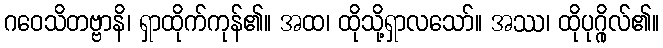
ဂဝေသိတဗ္ဗာနိ၊ ရှာထိုက်ကုန်၏။ အထ၊ ထိုသို့ရှာလသော်။ အဿ၊ ထိုပုဂ္ဂိုလ်၏။